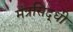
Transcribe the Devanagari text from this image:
मंत्रसिद्धी